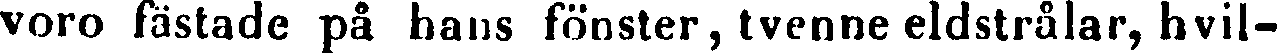
voro fästade på hans fönster, tvenne eldstrålar, hvil-